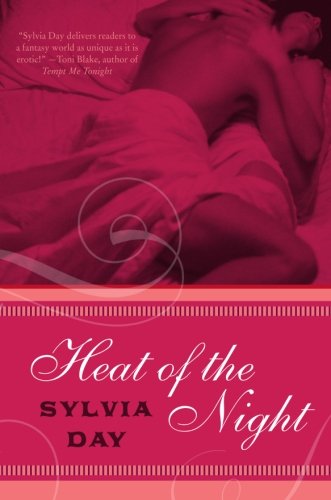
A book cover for Heat of the Night (Dream Guardians, Book 2); Sylvia Day; Romance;